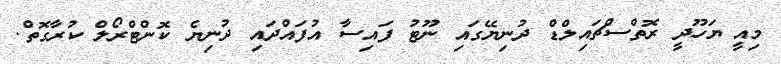
މިއީ ޔަހޫދީ ރޮތްސްޗައިލްޑް ދުނިޔޭގައި ނޫޓު ފައިސާ އުފައްދައި ދުނިޔެ ކޮންޓްރޯލް ކުރާގޮތް.